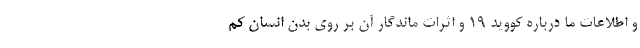
و اطلاعات ما درباره کووید ۱۹ و اثرات ماندگار آن بر روی بدن انسان کم